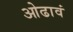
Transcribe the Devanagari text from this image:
ओढावं